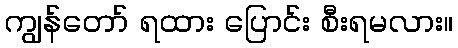
ကျွန်တော် ရထား ပြောင်း စီးရမလား။